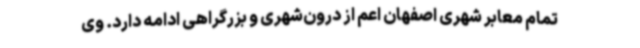
تمام معابر شهری اصفهان اعم از درون‌شهری و بزرگراهی ادامه دارد. وی